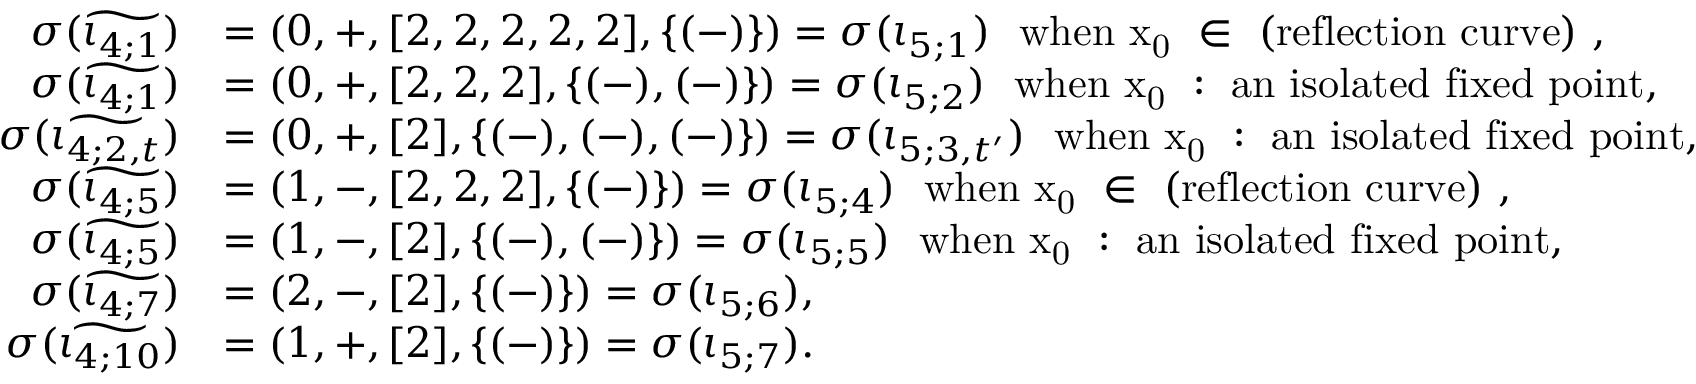
\begin{array} { r l } { \sigma ( \widetilde { \iota _ { 4 ; 1 } } ) } & { = ( 0 , + , [ 2 , 2 , 2 , 2 , 2 ] , \{ ( - ) \} ) = \sigma ( \iota _ { 5 ; 1 } ) \ \mathrm { ~ w h e n ~ x _ 0 ~ \in ~ \mathrm { ( r e f l e c t i o n ~ c u r v e ) } ~ } , } \\ { \sigma ( \widetilde { \iota _ { 4 ; 1 } } ) } & { = ( 0 , + , [ 2 , 2 , 2 ] , \{ ( - ) , ( - ) \} ) = \sigma ( \iota _ { 5 ; 2 } ) \ \mathrm { ~ w h e n ~ x _ 0 ~ : ~ a n ~ i s o l a t e d ~ f i x e d ~ p o i n t } , } \\ { \sigma ( \widetilde { \iota _ { 4 ; 2 , t } } ) } & { = ( 0 , + , [ 2 ] , \{ ( - ) , ( - ) , ( - ) \} ) = \sigma ( \iota _ { 5 ; 3 , t ^ { \prime } } ) \ \mathrm { ~ w h e n ~ x _ 0 ~ : ~ a n ~ i s o l a t e d ~ f i x e d ~ p o i n t , } } \\ { \sigma ( \widetilde { \iota _ { 4 ; 5 } } ) } & { = ( 1 , - , [ 2 , 2 , 2 ] , \{ ( - ) \} ) = \sigma ( \iota _ { 5 ; 4 } ) \ \mathrm { ~ w h e n ~ x _ 0 ~ \in ~ \mathrm { ( r e f l e c t i o n ~ c u r v e ) } ~ } , } \\ { \sigma ( \widetilde { \iota _ { 4 ; 5 } } ) } & { = ( 1 , - , [ 2 ] , \{ ( - ) , ( - ) \} ) = \sigma ( \iota _ { 5 ; 5 } ) \ \mathrm { ~ w h e n ~ x _ 0 ~ : ~ a n ~ i s o l a t e d ~ f i x e d ~ p o i n t } , } \\ { \sigma ( \widetilde { \iota _ { 4 ; 7 } } ) } & { = ( 2 , - , [ 2 ] , \{ ( - ) \} ) = \sigma ( \iota _ { 5 ; 6 } ) , } \\ { \sigma ( \widetilde { \iota _ { 4 ; 1 0 } } ) } & { = ( 1 , + , [ 2 ] , \{ ( - ) \} ) = \sigma ( \iota _ { 5 ; 7 } ) . } \end{array}